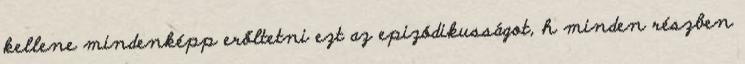
kellene mindenképp erőltetni ezt az epizódikusságot, h minden részben